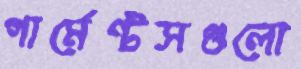
গার্মেন্টসগুলো